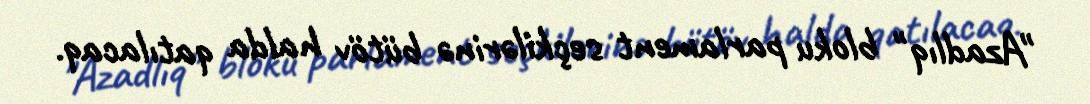
"Azadlıq" bloku parlament seçkilərinə bütöv halda qatılacaq.